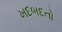
ખદબદતો